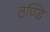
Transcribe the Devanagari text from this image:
ठण्डि